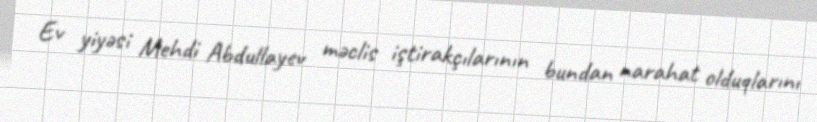
Ev yiyəsi Mehdi Abdullayev məclis iştirakçılarının bundan narahat olduqlarını